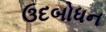
ઉદબોધન